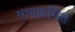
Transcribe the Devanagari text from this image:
मापक्रमित